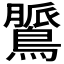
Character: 𪃻